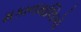
મકાનમાલિકો